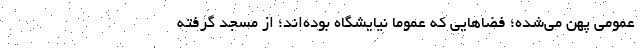
عمومی پهن می‌شده؛ فضاهایی که عموما نیایشگاه بوده‌اند؛ از مسجد گرفته